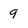
Character: 9